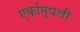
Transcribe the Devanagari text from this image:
एकॉम्पली